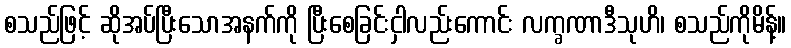
စသည်ဖြင့် ဆိုအပ်ပြီးသောအနက်ကို ပြီးစေခြင်းငှါလည်းကောင်း လက္ခဏာဒီသုဟိ၊ စသည်ကိုမိန့်။